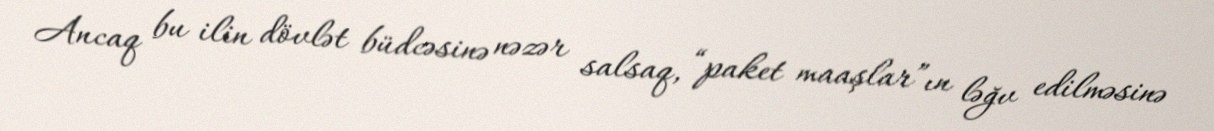
Ancaq bu ilin dövlət büdcəsinə nəzər salsaq, “paket maaşlar”ın ləğv edilməsinə